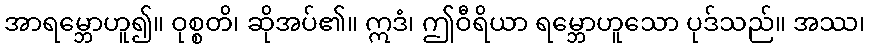
အာရမ္ဘောဟူ၍။ ဝုစ္စတိ၊ ဆိုအပ်၏။ ဣဒံ၊ ဤဝီရိယာ ရမ္ဘောဟူသော ပုဒ်သည်။ အဿ၊